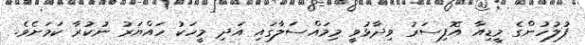
ފުލުހުންގެ މީޑިއާ އޮފިސަރު ވިދާޅުވީ މިމައްސަލާގައި އަދި މީހަކު ހައްޔަރު ނުކުރާ ކަމަށެވެ.